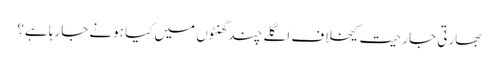
بھارتی جارحیت کیخلاف اگلے چند گھنٹوں میں کیا ہونے جارہا ہے؟